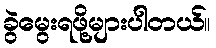
ခွဲမွေးရဖို့များပါတယ်။